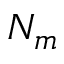
N _ { m }